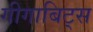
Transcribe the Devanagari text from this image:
गीगाबिट्स